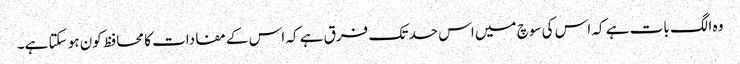
وہ الگ بات ہے کہ اس کی سوچ میں اس حد تک فرق ہے کہ اس کے مفادات کا محافظ کون ہو سکتا ہے۔